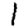
Digit: 1